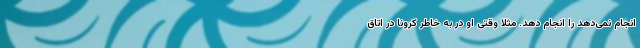
انجام نمی‌دهد را انجام دهد. مثلا وقتی او در به خاطر کرونا در اتاق